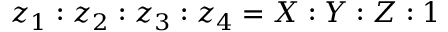
z _ { 1 } : z _ { 2 } : z _ { 3 } : z _ { 4 } = X : Y : Z : 1